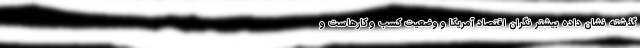
گذشته نشان داده بیشتر نگران اقتصاد آمریکا و وضعیت کسب و کارهاست و